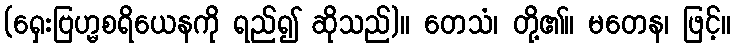
(ရှေးဗြဟ္မစရိယေနကို ရည်၍ ဆိုသည်)။ တေသံ၊ တို့၏။ မတေန၊ ဖြင့်။